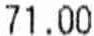
71.00